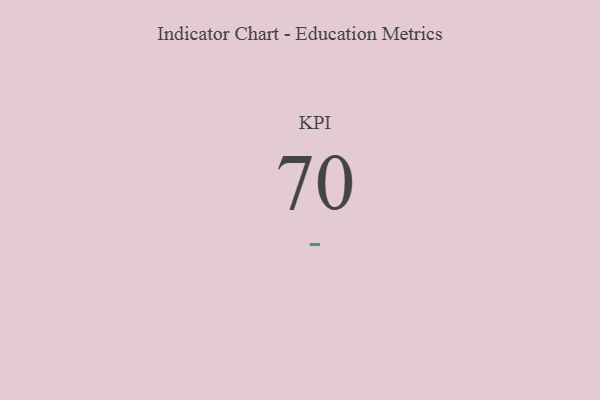
{"axis": {"x": "KPI", "y": "Value"}, "legend": [""], "data": [{"x": "KPI", "y": 70, "type": ""}]}